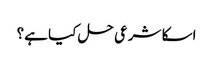
اسکا شرعی حل کیا ہے؟